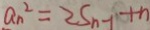
a _ { n } ^ { 2 } = 2 S _ { n - 1 } + n